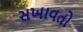
સખાવતો